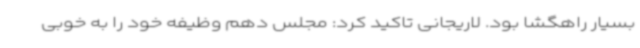
بسیار راهگشا بود. لاریجانی تاکید کرد: مجلس دهم وظیفه خود را به خوبی